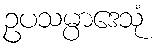
ဥပသမ္ပာဒေသုံ